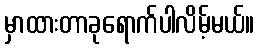
မှာထားတာခုရောက်ပါလိမ့်မယ်။